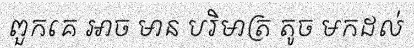
ពួកគេ អាច មាន បរិមាត្រ តូច មកដល់